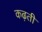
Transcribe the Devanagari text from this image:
कढ़ती